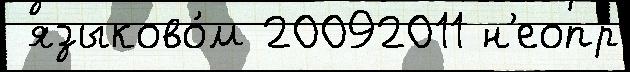
 языково́м 20092011 н'еопр